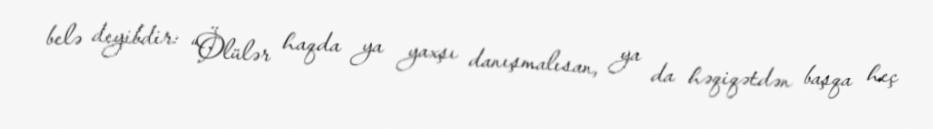
belə deyibdir: “Ölülər haqda ya yaxşı danışmalısan, ya da həqiqətdən başqa heç